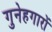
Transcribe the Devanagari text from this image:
गुनेहगारों